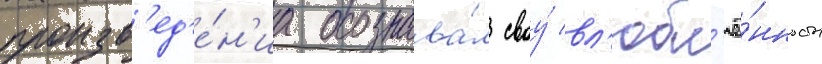
произв'ед'е́н'иа осознава́л своу́ вл'юбл'ё́нность